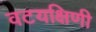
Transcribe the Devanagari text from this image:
वटयक्षिणी